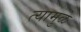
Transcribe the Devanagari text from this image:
त्यामुळे